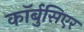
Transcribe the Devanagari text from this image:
कॉर्बुसिएर